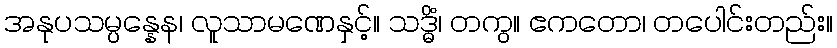
အနုပသမ္ပန္နေန၊ လူသာမဏေနှင့်။ သဒ္ဓိံ၊ တကွ။ ဧကတော၊ တပေါင်းတည်း။